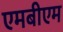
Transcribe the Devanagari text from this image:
एमबीएम